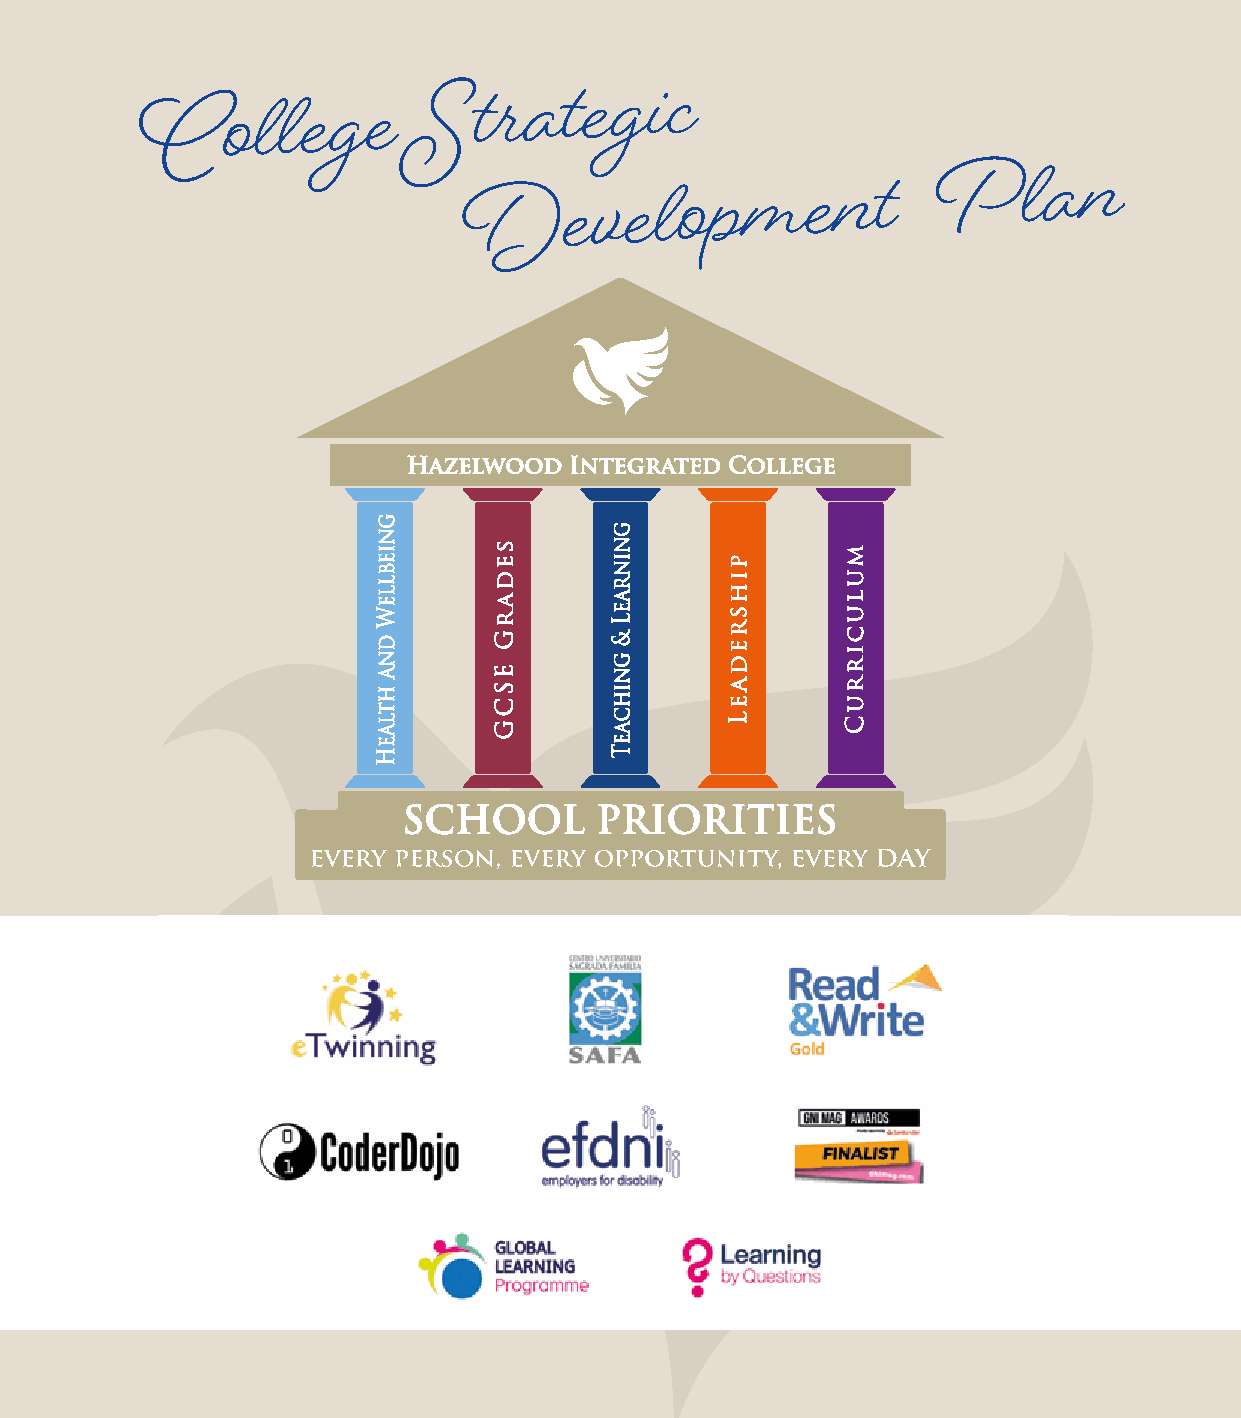
HW_Prospectus_NEHWW2_0P2r0o_svp2e.cqtxups__LNaEyWou2t0 12 0 2_9v/21.1q/x2p0_1L9a y1o4u:5t 91 P29a/g1e1 /224019 14:59 Page 24
 College           S
 trategic
 Development
 P     lan
 HazelwoodH Ianzteelgwroaotedd I nCtoelglergateed College
 SCHOOSLC    PHROIOORLI PTRIEIOS RITIES
 every persoevne,r eyv eprery soopnp,o ervteurny iotpyp, eovretruyn ditayy, every day
 24        24
 gnieblleW
 dna
 htlaeH
 sedarG
 ESCG
 gnieblleW
 dna
 htlaeH
 gninraeL
 &
 gnihcaeT
 sedarG
 ESCG
 pihsredaeL
 gninraeL
 &
 gnihcaeT
 mulucirruC
 pihsredaeL
 mulucirruC